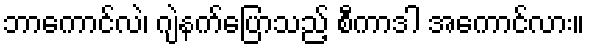
ဘာကောင်လဲ၊ ဂျဲနက်ပြောသည့် စီကာဒါ အကောင်လား။